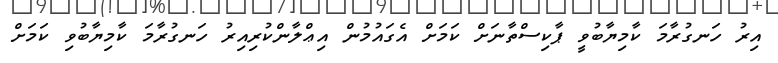
އިރު ހަނގުރާމަ ކާމިޔާބުވީ ޕާކިސްތާނަށް ކަމަށް އެގައުމުން އިޢްލާންކުރިއިރު ހަނގުރާމަ ކާމިޔާބުވި ކަމަށް